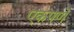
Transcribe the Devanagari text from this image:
एकपणें